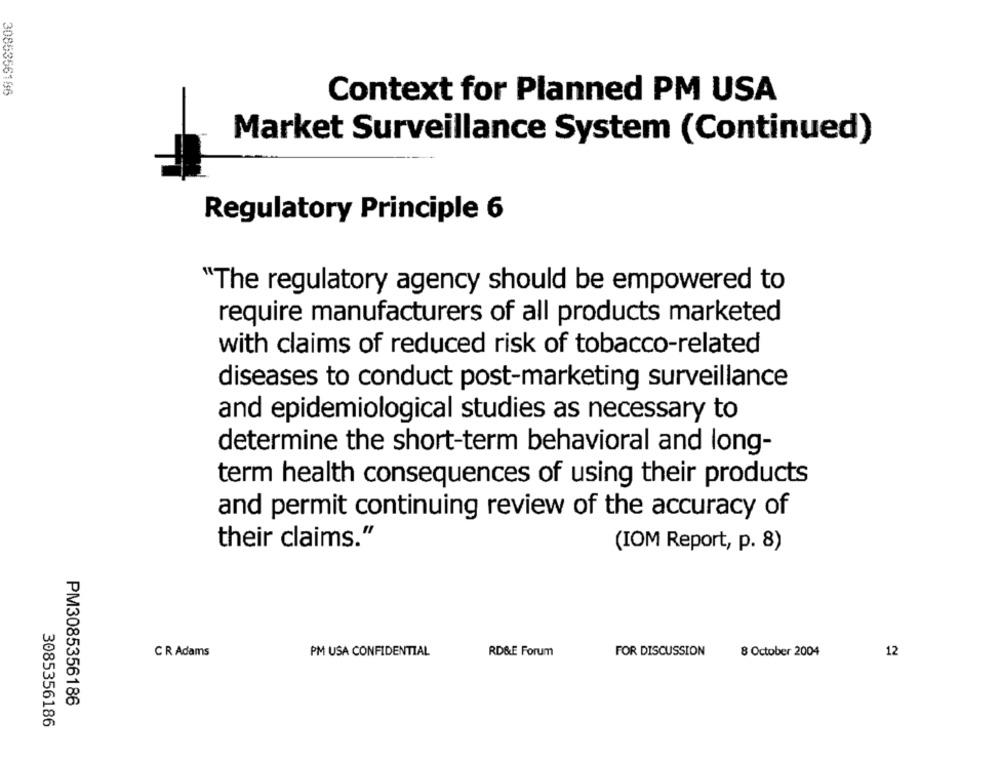
3085356186
Context for Planned PM USA
Market Surveillance System (Continued)
Regulatory Principle 6
"The regulatory agency should be empowered to
require manufacturers of all products marketed
with claims of reduced risk of tobacco-related
diseases to conduct post-marketing surveillance
and epidemiological studies as necessary to
determine the short-term behavioral and long-
term health consequences of using their products
and permit continuing review of the accuracy of
their claims."
(IOM Report, p. 8)
CR Adams
PM USA CONFIDENTIAL
RD&E Forum
FOR DISCUSSION
8 October 2004
12
PM3085356186
3085356186